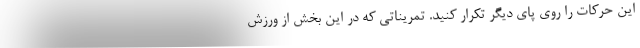
این حرکات را روی پای دیگر تکرار کنید. تمریناتی که در این بخش از ورزش